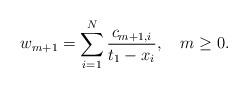
\begin{align*}w_{m+1}=\sum_{i=1}^N{c_{m+1,i}\over t_1-x_i},\quad m\ge0.\end{align*}